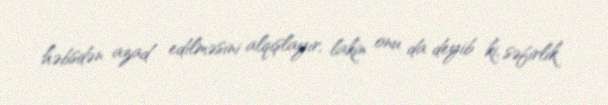
həbsdən azad edilməsini alqışlayır, lakin onu da deyib ki, səfirlik